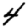
Digit: 4